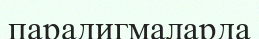
парадигмаларда